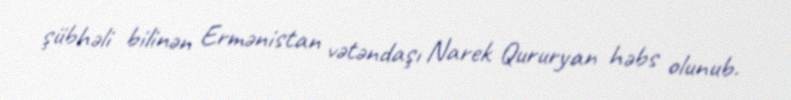
şübhəli bilinən Ermənistan vətəndaşı Narek Qururyan həbs olunub.